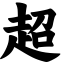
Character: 超